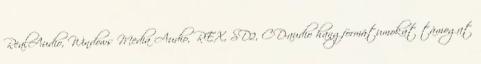
RealAudio, Windows Media Audio, REX, SD2, CD-audio hangformátumokat támogat